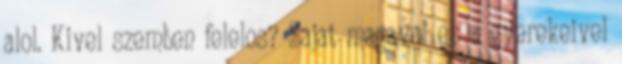
alol. Kivel szemben felelos? Sajat magaval es a gyerekeivel